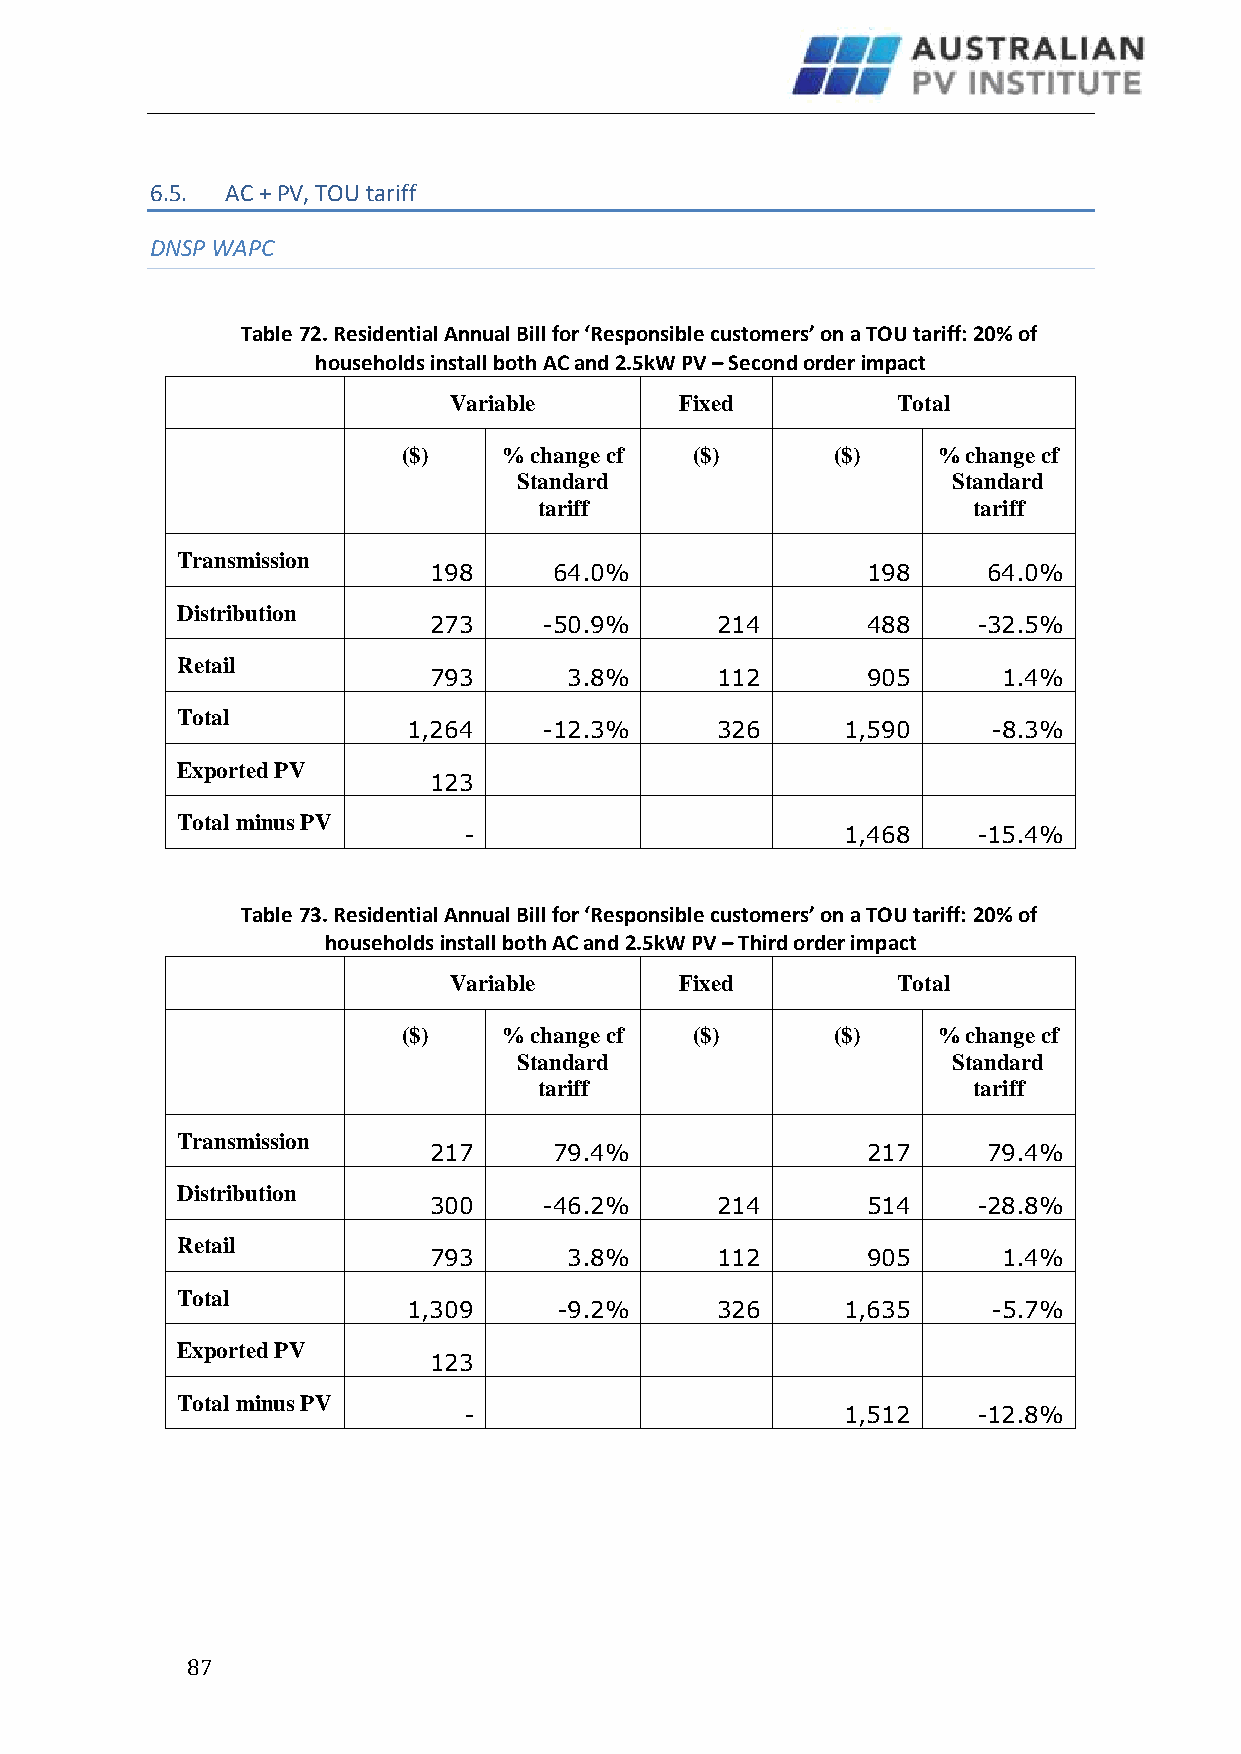
6.5. AC + PV, TOU tariff
 DNSP WAPC
 Table 72. Residential Annual Bill for ‘Responsible customers’ on a TOU tariff: 20% of
 households install both AC and 2.5kW PV – Second order impact
 Variable       Fixed         Total
 ($)   % change cf  ($)      ($)    % change cf
 Standard                     Standard
 tariff                      tariff
 Transmission
 198      64.0%               198     64.0%
 Distribution
 273     -50.9%     214       488     -32.5%
 Retail
 793       3.8%     112       905      1.4%
 Total
 1,264    -12.3%     326      1,590     -8.3%
 Exported PV
 123
 Total minus PV
 -                        1,468    -15.4%
 Table 73. Residential Annual Bill for ‘Responsible customers’ on a TOU tariff: 20% of
 households install both AC and 2.5kW PV – Third order impact
 Variable       Fixed         Total
 ($)   % change cf  ($)      ($)    % change cf
 Standard                     Standard
 tariff                      tariff
 Transmission
 217      79.4%               217     79.4%
 Distribution
 300     -46.2%     214       514     -28.8%
 Retail
 793       3.8%     112       905      1.4%
 Total
 1,309     -9.2%     326      1,635     -5.7%
 Exported PV
 123
 Total minus PV
 -                        1,512    -12.8%
 8 7